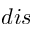
d i s